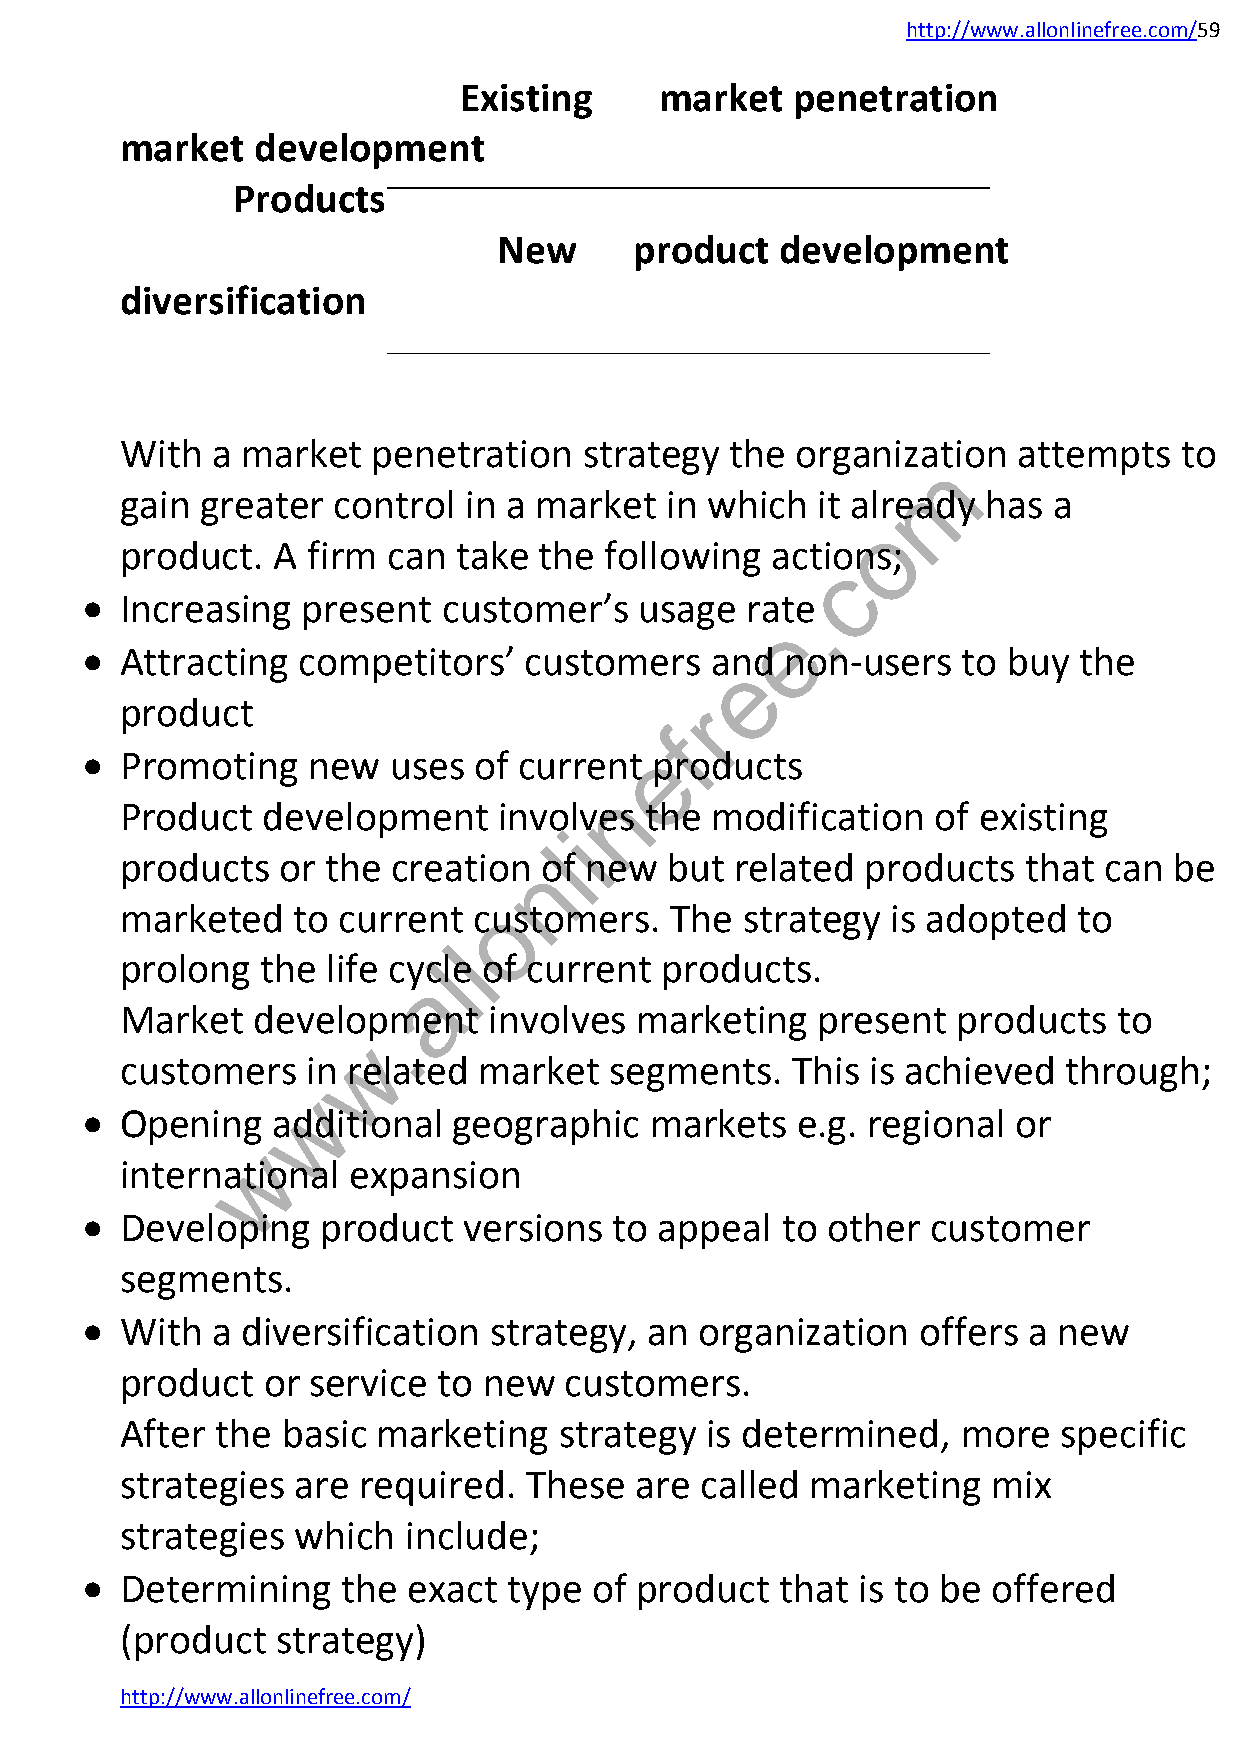
http://www.allonlinefree.com/59
 Existing      market  penetration
 market   development
 Products
 New      product   development
 diversification
 With  a market   penetration   strategy the  organization  attempts   to
 m
 gain greater  control  in a market  in which  it already has  a
 o
 product.  A firm  can take  the following  actions;
 c
   Increasing  present  customer’s   usage  rat.e
 e
   Attracting  competitors’   customers   and  non-users   to buy the
 e
 product                               r
 f
 e
   Promoting   new   uses of current  products
 n
 Product  development     involves  the modification   of existing
 i
 l
 products   or the creationn of new  but  related products   that can  be
 o
 marketed   to current  customers.   The  strategy  is adopted  to
 l
 prolong  the  life cyclle of current products.
 a
 Market   develop.ment   involves  marketing   present  products   to
 w
 customers   in related  market  segments.   This  is achieved through;
 w
   Opening   additional  geographic   markets   e.g. regional or
 w
 international  expansion
   Developing   product   versions  to appeal  to other  customer
 segments.
   With  a diversification strategy,  an organization   offers a new
 product  or service  to new  customers.
 After the  basic marketing   strategy  is determined,   more  specific
 strategies  are required.  These  are called  marketing   mix
 strategies  which  include;
   Determining    the exact  type of product   that is to be offered
 (product  strategy)
 http://www.allonlinefree.com/